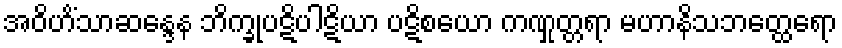
အဝိဟိံသာဆန္ဒေန ဘိက္ခုပဋိပါဋိယာ ပဋိစယော ကဏှုတ္တရာ မဟာနိသဘတ္ထေရော